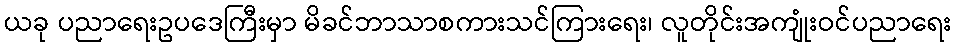
ယခု ပညာရေးဥပဒေကြီးမှာ မိခင်ဘာသာစကားသင်ကြားရေး၊ လူတိုင်းအကျုံးဝင်ပညာရေး